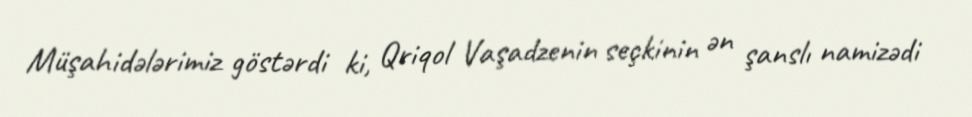
Müşahidələrimiz göstərdi ki, Qriqol Vaşadzenin seçkinin ən şanslı namizədi